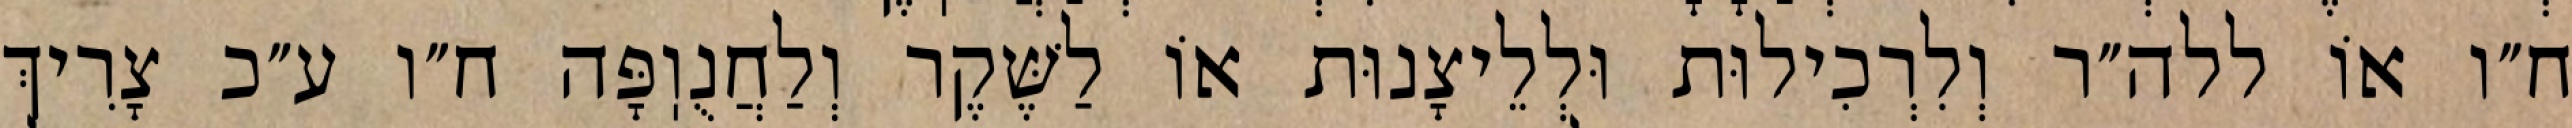
ח״ו אוֹ ללה״ר וְלִרְכִילוּת וּלְלֵיצָנוּת אוֹ לַשֶּׁקֶר וְלַחֲנֻוֽפָּה ח״ו ע״כ צָרִיךְ